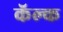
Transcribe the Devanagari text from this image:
कॅल्क